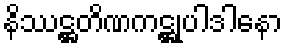
နိဿဋ္ဌတိဏကဋ္ဌုပါဒါနော